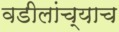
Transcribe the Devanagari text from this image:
वडीलांच्याच